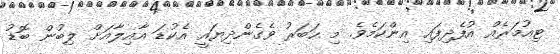
ޓިއުމަރެއް އުފެދިފައި އިންކަމެވެ. މި ހަބަރު ވެގެންދިޔައީ އެކުޑަ އާއިލާއަށް ލިބުން ބޮޑު